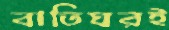
বাতিঘরই